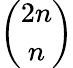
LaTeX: \binom{2n}{n}